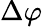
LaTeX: \Delta\varphi